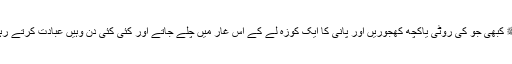
آپﷺ کبھی جو کی روٹی یاکچھ کھجوریں اور پانی کا ایک کوزہ لے کے اس غار میں چلے جاتے اور کئی کئی دن وہیں عبادت کرتے رہتے۔